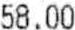
58.00